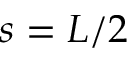
s = L / 2